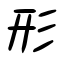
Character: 形